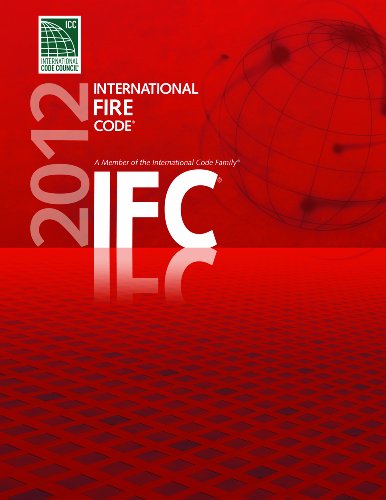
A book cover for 2012 International Fire Code (International Code Council Series); International Code Council; Law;